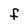
Character: f